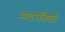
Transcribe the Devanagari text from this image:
मादरजिलों